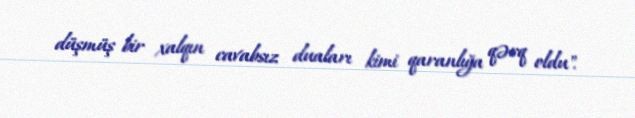
düşmüş bir xalqın cavabsız duaları kimi qaranlığa qərq oldu".